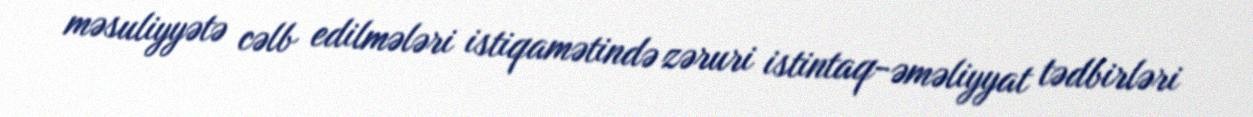
məsuliyyətə cəlb edilmələri istiqamətində zəruri istintaq-əməliyyat tədbirləri